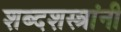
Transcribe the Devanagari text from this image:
शब्दशस्त्रांनी